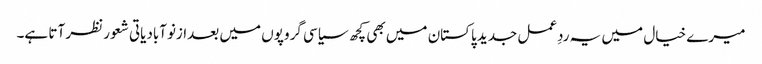
میرے خیال میں یہ ردِعمل جدید پاکستان میں بھی کچھ سیاسی گروپوں میں بعدازنوآبادیاتی شعور نظر آتا ہے۔